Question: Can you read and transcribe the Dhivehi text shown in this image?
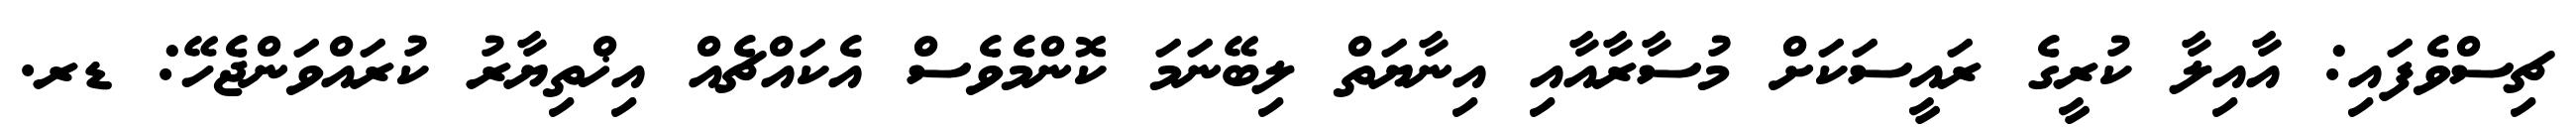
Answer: ޗިސްވެފައި: އާއިލާ ކުރީގެ ރައީސަކަށް މުސާރާއާއި އިނާޔަތް ލިބޭނަމަ ކޮންމެވެސް އެކައްޗެއް އިޚްތިޔާރު ކުރައްވަންޖެހޭ: ޑރ.